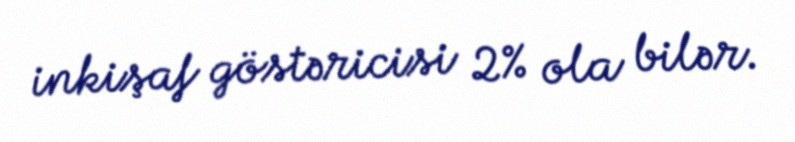
inkişaf göstəricisi 2% ola bilər.